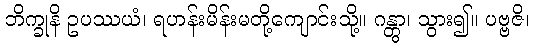
ဘိက္ခုနိ ဥပဿယံ၊ ရဟန်းမိန်းမတို့ကျောင်းသို့။ ဂန္တွာ၊ သွား၍။ ပဗ္ဗဇိ၊